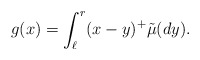
\begin{align*}g(x)= \int_{\ell}^r (x-y)^+ \tilde{\mu}(dy).\end{align*}